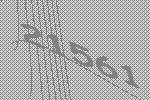
21561